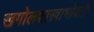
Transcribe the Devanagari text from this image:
खगोलशास्त्राभोवती